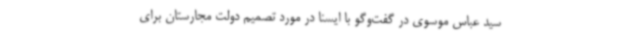
سید عباس موسوی در گفت‌وگو با ایسنا در مورد تصمیم دولت مجارستان برای